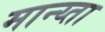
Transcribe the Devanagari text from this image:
मान्य्ता